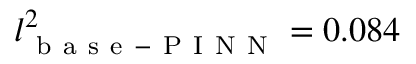
l _ { \mathrm { ~ b ~ a ~ s ~ e ~ - ~ P ~ I ~ N ~ N ~ } } ^ { 2 } = 0 . 0 8 4